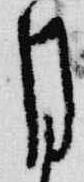
月